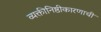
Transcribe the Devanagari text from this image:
व्यक्तीनिष्ठीकारणाची